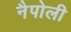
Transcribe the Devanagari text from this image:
नैपोली